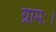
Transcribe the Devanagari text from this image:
ग्रामः।